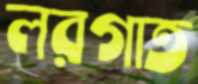
লরগাত